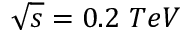
\sqrt { s } = 0 . 2 \ T e V